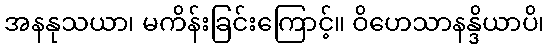
အနနုသယာ၊ မကိန်းခြင်းကြောင့်။ ဝိဟေသာနန္ဒိယာပိ၊